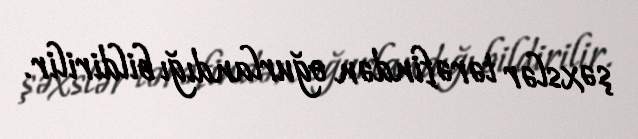
şəxslər tərəfindən oğurlandığı bildirilir.